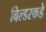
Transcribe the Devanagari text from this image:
बिल्डरकडे